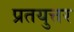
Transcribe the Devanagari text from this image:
प्रतयुत्तर